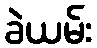
ခဲယမ်း